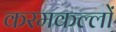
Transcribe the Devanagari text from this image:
करमकल्लों